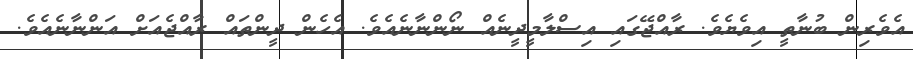
އެވެރިން ބުނާތީ އިވެޔެވެ. ރާއްޖޭގައި އިސްލާމީދީނެއް ނޯންނާނެއެވެ. އެހެން ދީންތައް ރާއްޖެއަށް އަންނާނެއެވެ.